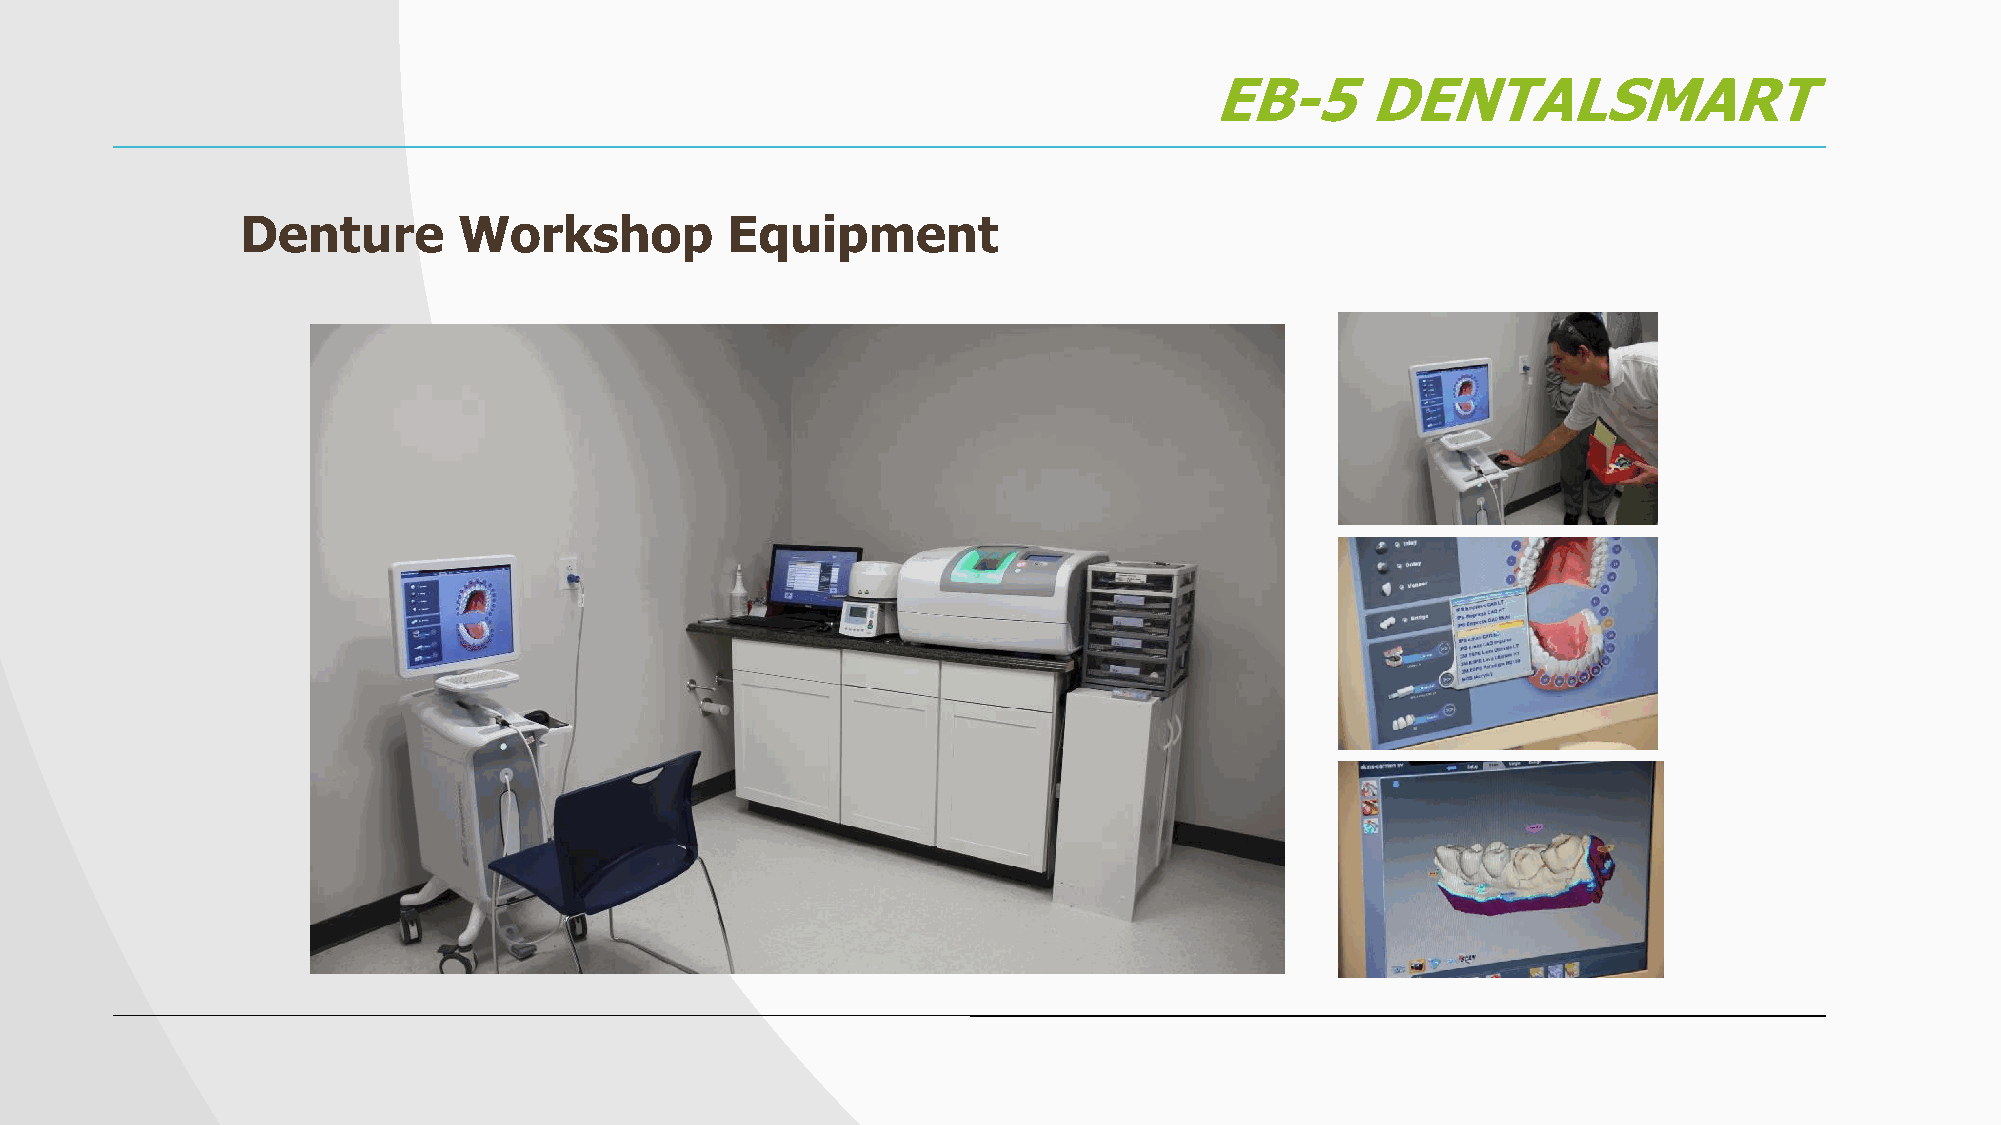
EB-5       DENTALSMART
 Denture       Workshop          Equipment